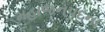
મહાજનપદના